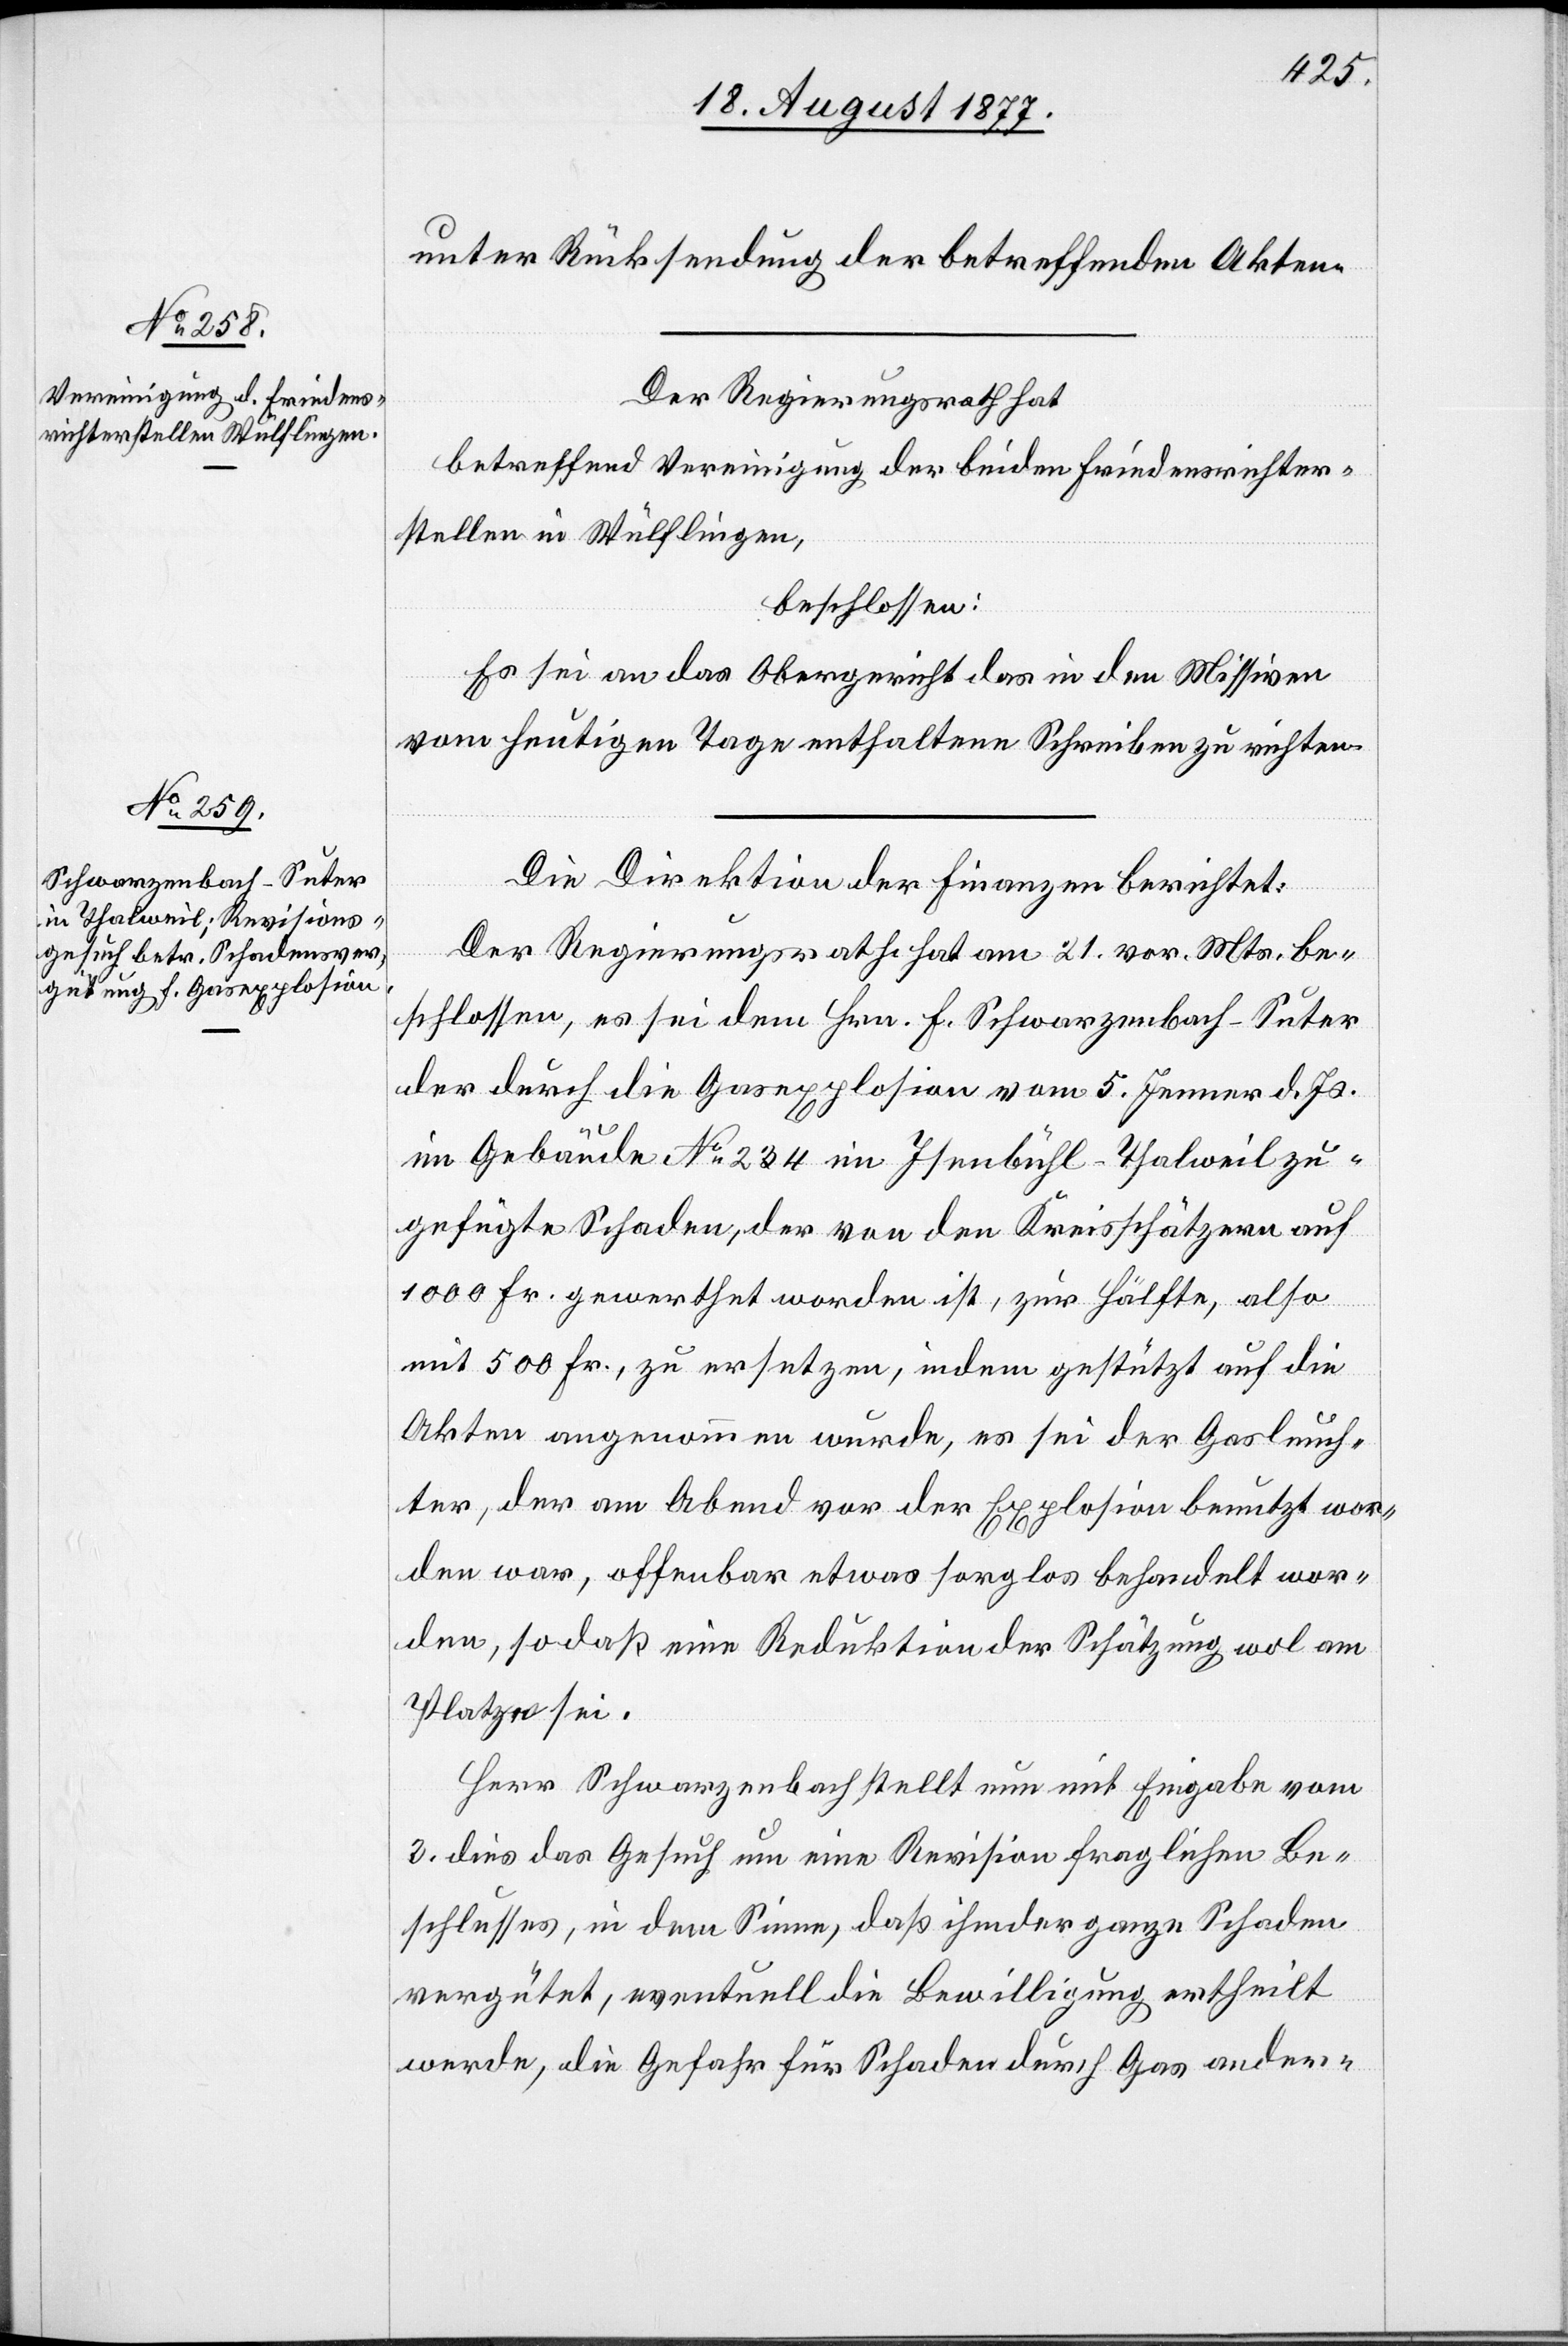
unter Rücksendung der betreffenden Akten.
Der Regierungsrath hat
betreffend Vereinigung der beiden Friedensrichter¬
stellen in Wülflingen,
beschlossen:
Es sei an das Obergericht das in den Missiven
vom heutigen Tage enthaltene Schreiben zu richten.
Die Direktion der Finanzen berichtet:
Der Regierungsrath hat am 21. vor. Mts. be¬
schlossen, es sei dem Hrn. F. Schwarzenbach-Suter
der durch die Gasexplosion vom 5. Jenner d. Js.
im Gebäude No 234 im Isenbühl - Thalweil zu¬
gefügte Schaden, der von den Kreisschätzern auf
1000 Fr. gewerthet worden ist, zur Hälfte, also
mit 500 Fr., zu ersetzen, indem gestützt auf die
Akten angenommen wurde, es sei der Gasleuch¬
ter, der am Abend vor der Explosion benutzt wor¬
den war, offenbar etwas sorglos behandelt wor¬
den, so daß eine Reduktion der Schätzung wol am
Platze sei.
Herr Schwarzenbach stellt nun mit Eingabe vom
3. dies das Gesuch um eine Revision fraglichen Be¬
schlusses, in dem Sinne, daß ihm der ganze Schaden
vergütet, eventuell die Bewilligung ertheilt
werde, die Gefahr für Schaden durch Gas ander-